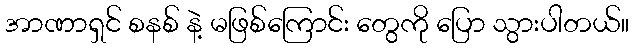
အာဏာရှင် စနစ် နဲ့ မဖြစ်ကြောင်း တွေကို ပြော သွားပါတယ်။